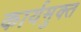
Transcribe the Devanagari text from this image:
कार्यमुक्‍त